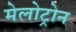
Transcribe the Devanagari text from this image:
मेलोट्रोन